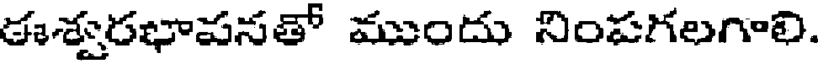
ఈశ్వరభాపనతో ముందు నింపగలగాలి.